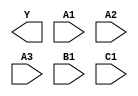
module sky130_fd_sc_hs__a311oi (
    Y ,
    A1,
    A2,
    A3,
    B1,
    C1
);

    output Y ;
    input  A1;
    input  A2;
    input  A3;
    input  B1;
    input  C1;

    // Voltage supply signals
    supply1 VPWR;
    supply0 VGND;

endmodule